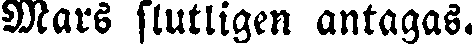
Mars slutligen antagas.